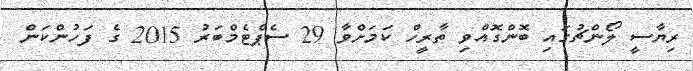
ރިޔާސީ ލޯންޗުގައި ބޮންގޮއްވި ތާރީހް ކަމަށްވާ 29 ސެޕްޓެމްބަރު 2015 ގެ ފަހުންކަން